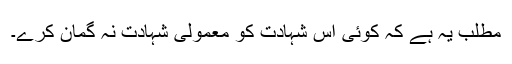
مطلب یہ ہے کہ کوئی اس شہادت کو معمولی شہادت نہ گمان کرے۔